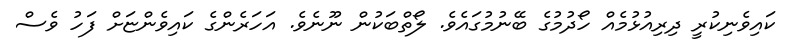
ކައިވެނިކުރީ ދިރިއުޅުމެއް ހޯދުމުގެ ބޭނުމުގައެވެ. ލޯތްބަކުން ނޫނެވެ. އަހަރެންގެ ކައިވެންޏަށް ފަހު ވެސް